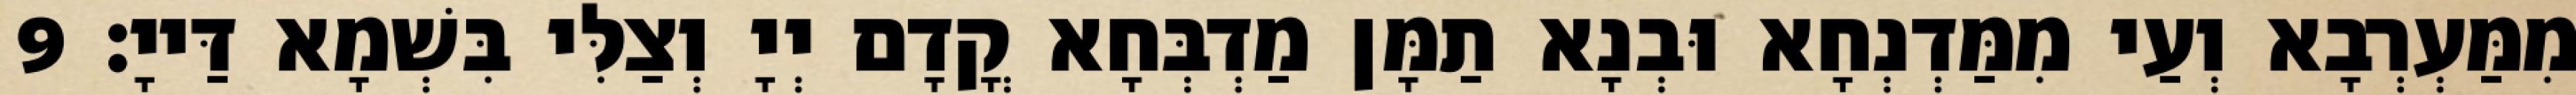
מִמַּעְרְבָא וְעַי מִמַּדְנְחָא וּבְנָא תַמָּן מַדְבְּחָא קֳדָם יְיָ וְצַלִּי בִּשְׁמָא דַּייָ׃ 9